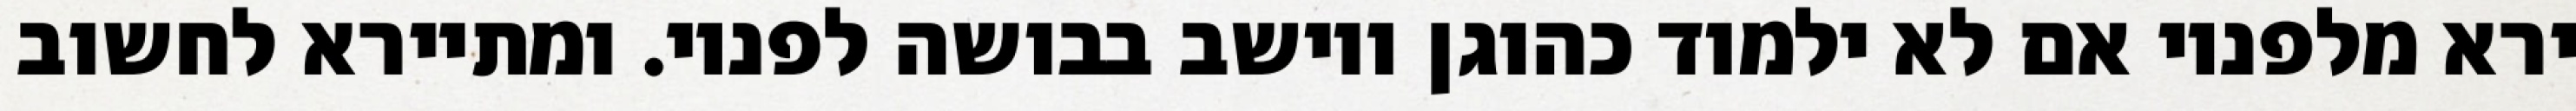
ירא מלפניו אם לא ילמוד כהוגן ויושב בבושה לפניו. ומתיירא לחשוב